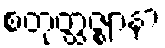
စတုတ္ထဇ္ဈာနာ